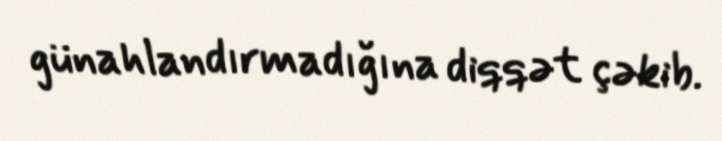
günahlandırmadığına diqqət çəkib.